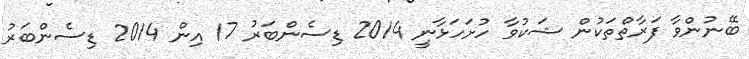
ބޭނުންވާ ފަރާތްތަކުން ޝަކުވާ ހުށަހަޅާނީ 2014 ޑިސެންބަރު 17 އިން 2014 ޑިސެންބަރު